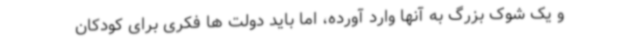
و یک شوک بزرگ به آنها وارد آورده، اما باید دولت ها فکری برای کودکان